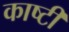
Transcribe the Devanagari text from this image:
काष्टी